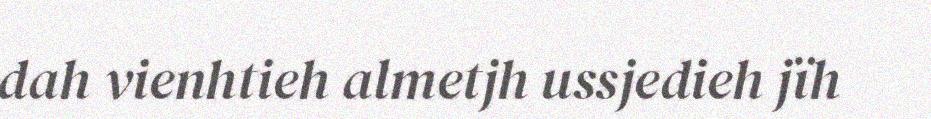
dah vienhtieh almetjh ussjedieh jïh